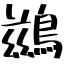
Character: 鷀